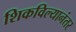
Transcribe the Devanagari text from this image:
शिकविल्यानंतर